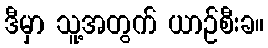
ဒီမှာ သူ့အတွက် ယာဉ်စီးခ။